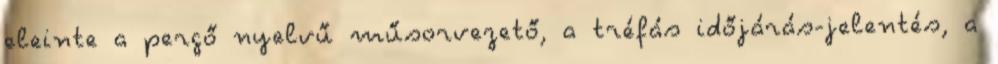
eleinte a pergő nyelvű műsorvezető, a tréfás időjárás-jelentés, a